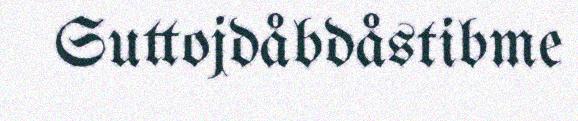
Suttojdåbdåstibme